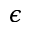
\epsilon